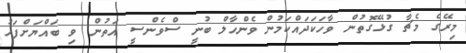
މިރޭގެ މެޗާ ގުޅޭގޮތުން ވާހަކަދައްކަމުން ވެންހާލް ބުނީ ސްވެންސީ އަތުން ވި ބައްޔަށްފަހު